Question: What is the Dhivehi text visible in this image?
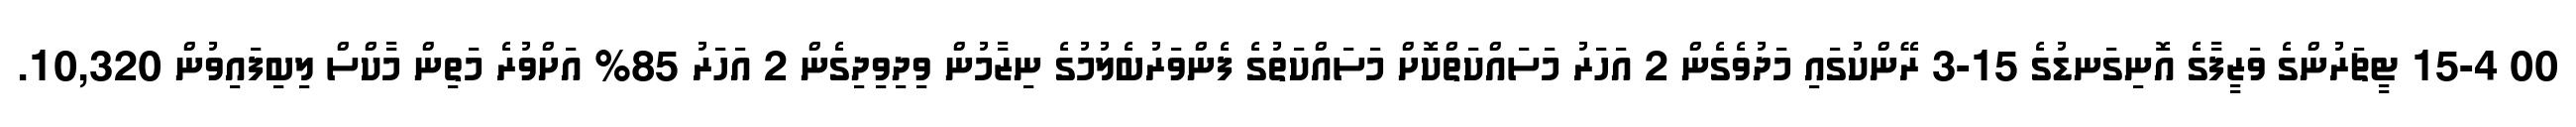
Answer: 00 15-4 ޓީޗަރުންގެ ވަޒީފާގެ އޮނިގަނޑުގެ 15-3 ރޭންކުގައި މަދުވެގެން 2 އަހަރު މަސައްކަތްކޮށް މަސައްކަތުގެ ފެންވަރުބެލުމުގެ ނިޒާމުން ވިދިވިދިގެން 2 އަހަރު 85% އަށްވުރެ މަތިން މާކްސް ލިބިފައިވުން 10,320.